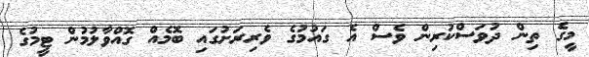
މީގެ ތިން ދުވަސްކުރިން ވެސް އެ ގައުމުގެ ވެރިރަށުގައި ބޮމެއް ގޮއްވާލުމުން ޓީމުގެ